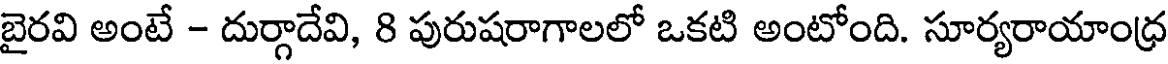
బైరవి అంటే - దుర్గాదేవి, 8 పురుషరాగాలలో ఒకటి అంటోంది. సూర్యరాయాంధ్ర